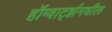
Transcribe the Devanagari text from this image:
हॉग्वार्ट्झमधील